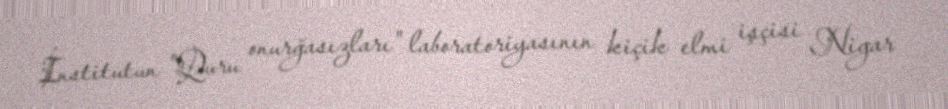
İnstitutun "Quru onurğasızları" laboratoriyasının kiçik elmi işçisi Nigar